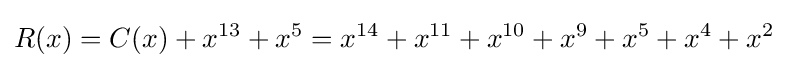
R(x)=C(x)+x^{13}+x^{5}=x^{14}+x^{11}+x^{10}+x^{9}+x^{5}+x^{4}+x^{2}